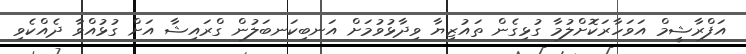
އަފްރާޝީމް އަވަހާރަކޮށްލުމާ ގުޅިގެން ތައުޒިޔާ ވިދާޅުވުމަށް އަނބިކަނބަލުން ގްރައިޝާ އަށް ގުޅުއްވާ ދެއްކެވި